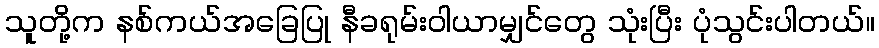
သူတို့က နစ်ကယ်အခြေပြု နီခရုမ်းဝါယာမျှင်တွေ သုံးပြီး ပုံသွင်းပါတယ်။